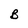
Character: B